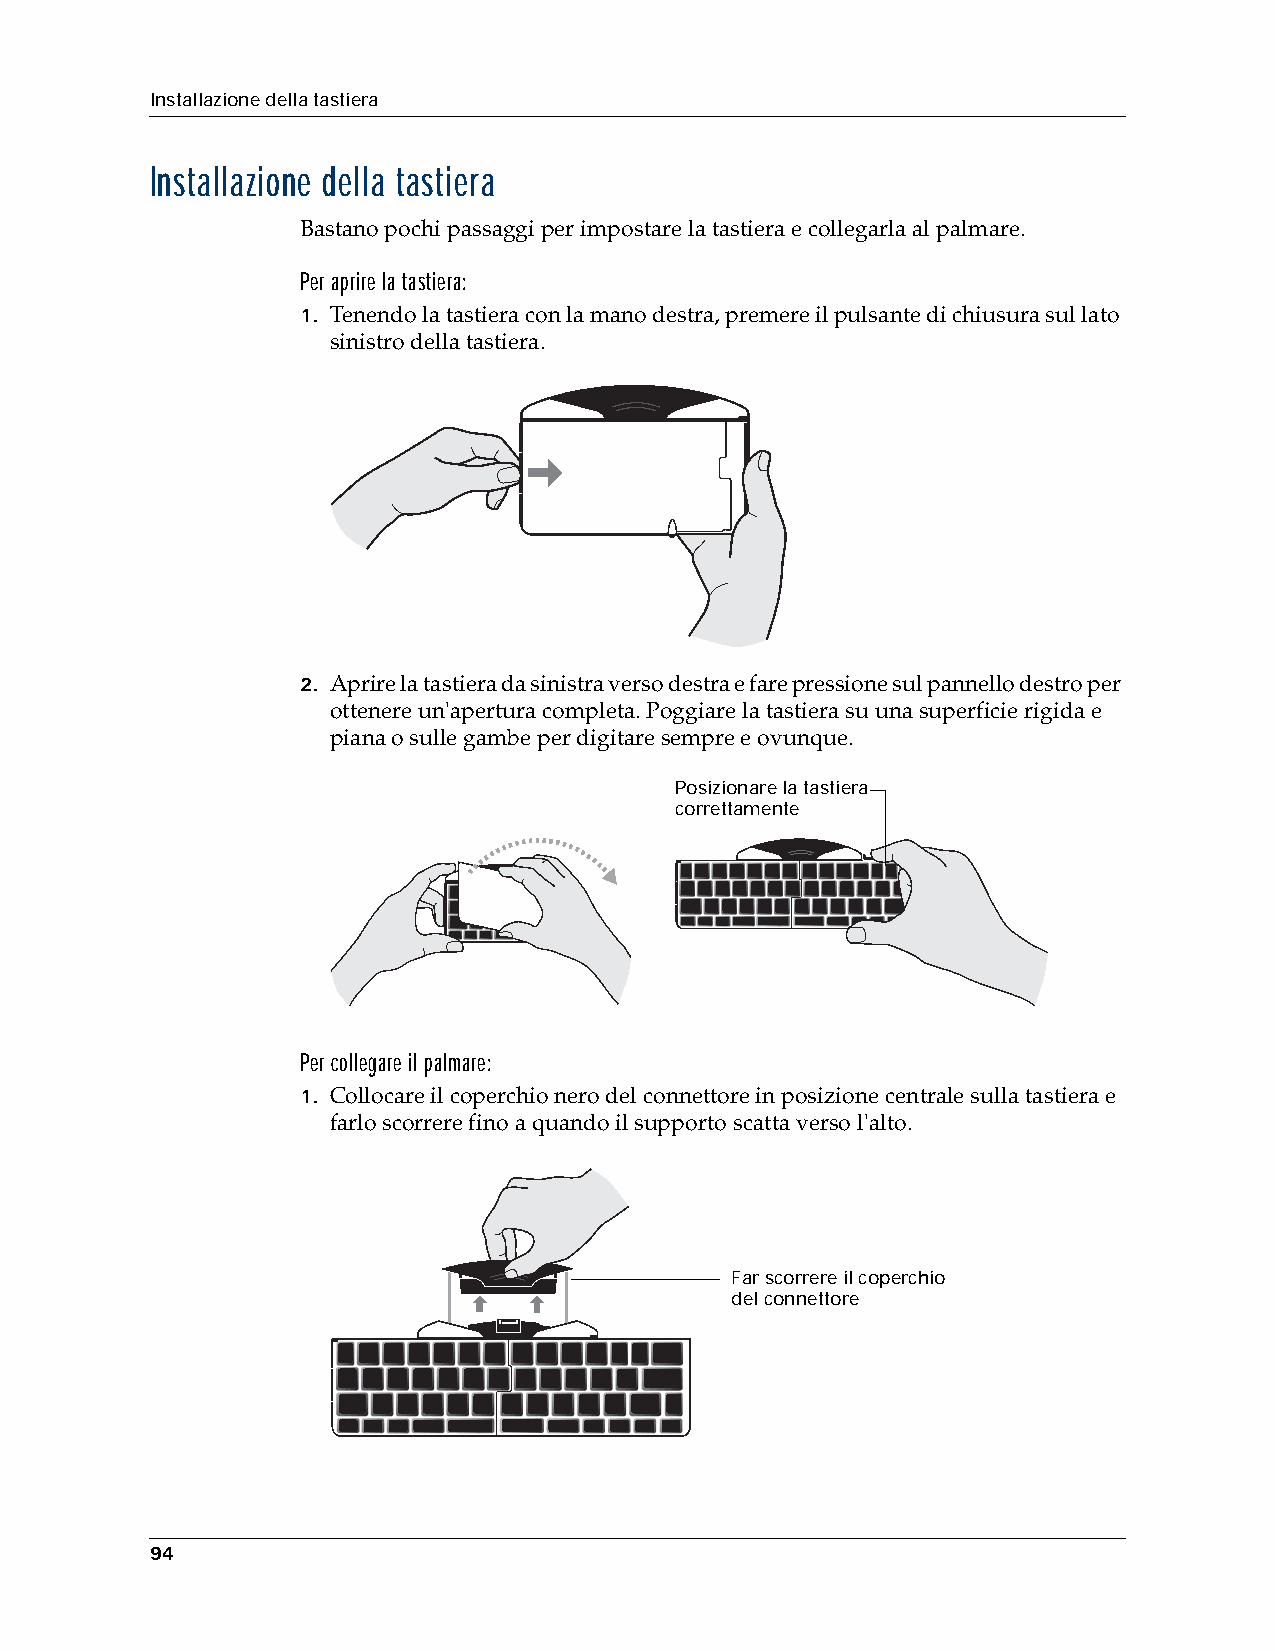
Installazione della tastiera
 Installazione della tastiera
 Bastano pochi passaggi per impostare la tastiera e collegarla al palmare.
 Per aprire la tastiera:
 1. Tenendo la tastiera con la mano destra, premere il pulsante di chiusura sul lato
 sinistro della tastiera.
 2. Aprire la tastiera da sinistra verso destra e fare pressione sul pannello destro per
 ottenere un'apertura completa. Poggiare la tastiera su una superficie rigida e
 piana o sulle gambe per digitare sempre e ovunque.
 Posizionare la tastiera
 correttamente
 Per collegare il palmare:
 1. Collocare il coperchio nero del connettore in posizione centrale sulla tastiera e
 farlo scorrere fino a quando il supporto scatta verso l'alto.
 Far scorrere il coperchio
 del connettore
 94